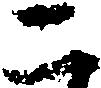
二